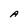
Character: A